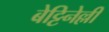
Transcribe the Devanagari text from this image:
बेट्टिनेल्ली